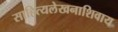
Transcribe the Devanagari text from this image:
साहित्यलेखनाशिवाय